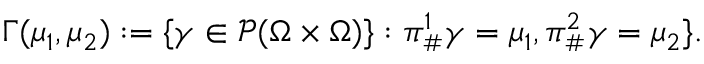
\Gamma ( \mu _ { 1 } , \mu _ { 2 } ) : = \{ { \gamma } \in \mathscr { P } ( \Omega \times \Omega ) \} : \pi _ { \# } ^ { 1 } { \gamma } = \mu _ { 1 } , \pi _ { \# } ^ { 2 } { \gamma } = \mu _ { 2 } \} .